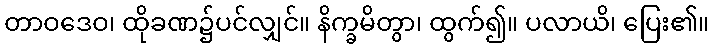
တာဝဒေဝ၊ ထိုခဏ၌ပင်လျှင်။ နိက္ခမိတွာ၊ ထွက်၍။ ပလာယိ၊ ပြေး၏။